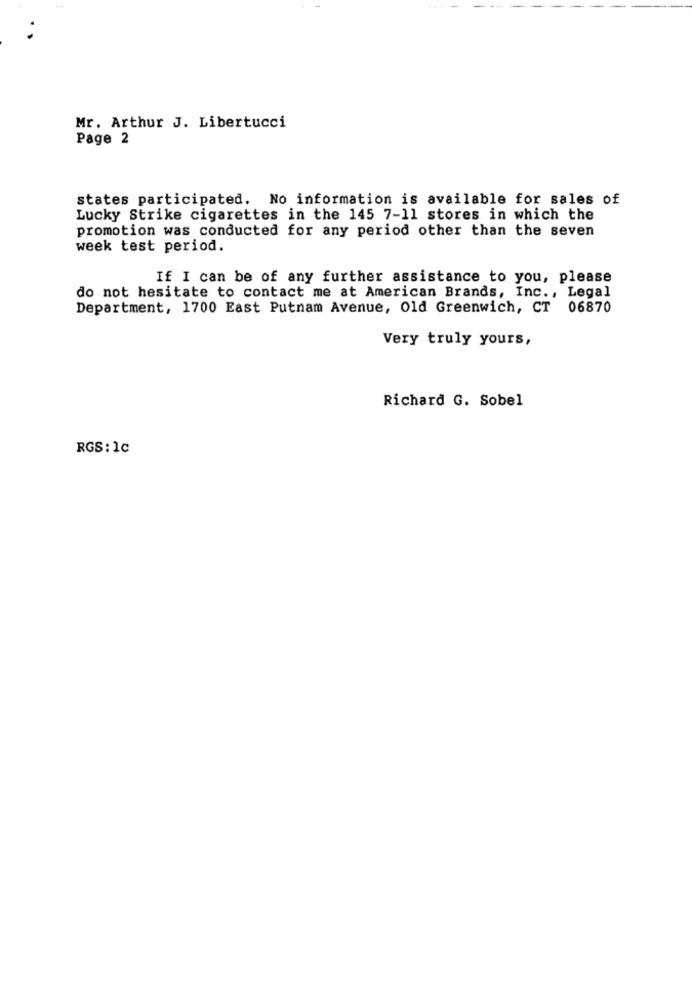
Mr. Arthur J. Libertucci
Page 2
states participated. No information is available for sales of
Lucky Strike cigarettes in the 145 7-11 stores in which the
promotion was conducted for any period other than the seven
week test period.
If I can be of any further assistance to you, please
do not hesitate to contact me at American Brands, Inc ., Legal
Department, 1700 East Putnam Avenue, Old Greenwich, CT 06870
Very truly yours,
Richard G. Sobel
RGS: 1c